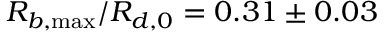
R _ { b , \operatorname* { m a x } } / R _ { d , 0 } = 0 . 3 1 \pm 0 . 0 3